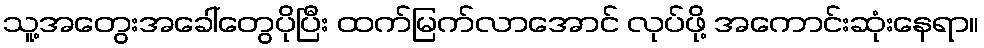
သူ့အတွေးအခေါ်တွေပိုပြီး ထက်မြက်လာအောင် လုပ်ဖို့ အကောင်းဆုံးနေရာ။